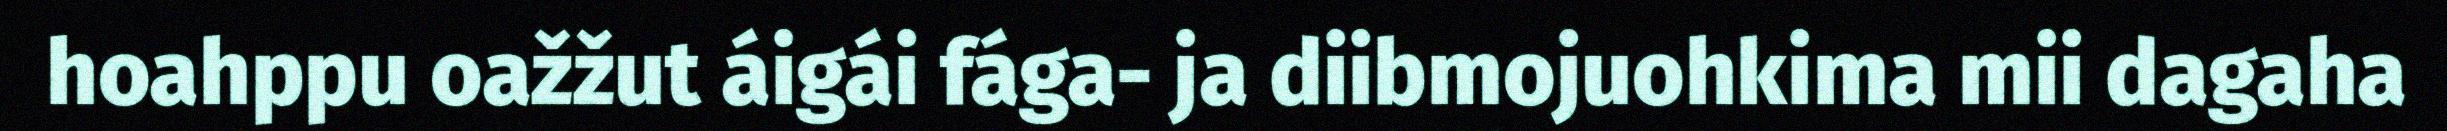
hoahppu oažžut áigái fága- ja diibmojuohkima mii dagaha